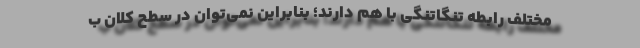
مختلف رابطه تنگاتنگی با هم دارند؛ بنابراین نمی‌توان در سطح کلان ب